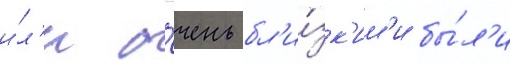
и́л'и о́чень бл'и́зк'им'и бы́л'и